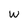
Character: w